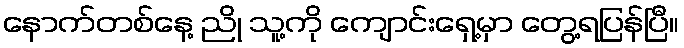
နောက်တစ်နေ့ ညို သူ့ကို ကျောင်းရှေ့မှာ တွေ့ရပြန်ပြီ။